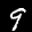
Label: 9